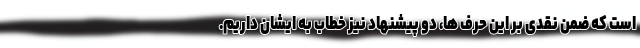
است که ضمن نقدی بر این حرف ها، دو پیشنهاد نیز خطاب به ایشان داریم.